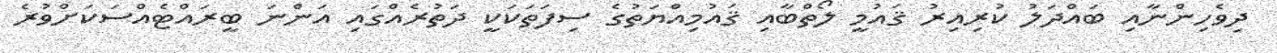
ދިވެހިންނާއި ބައްދަލު ކުރިއިރު ޤައުމީ ލޯތްބާއި ޤައުމިއްޔަތުގެ ސިފަތަކަކީ ދަތުރެއްގައި އަންނަ ބީރައްޓެއްސަކަށްވުރެ